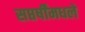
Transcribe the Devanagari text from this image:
सप्तर्षींमधले